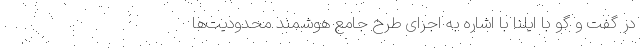
در گفت و گو با ایلنا با اشاره به اجرای طرح جامع هوشمند محدودیت‌ها